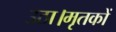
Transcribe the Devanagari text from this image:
उठा।मृतकों